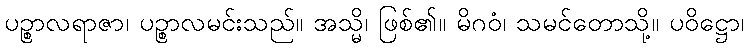
ပဉ္စာလရာဇာ၊ ပဉ္စာလမင်းသည်။ အသ္မိ၊ ဖြစ်၏။ မိဂဝံ၊ သမင်တောသို့။ ပဝိဋ္ဌော၊